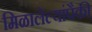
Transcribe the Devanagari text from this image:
मिळालेल्यांपैकी